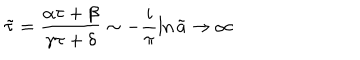
LaTeX: \tilde { \tau } = \frac { \alpha \tau + \beta } { \gamma \tau + \delta } \sim - \frac { i } { \pi } \ln \tilde { a } \rightarrow \infty